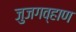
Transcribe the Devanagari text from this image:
जुजगव्हाण